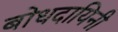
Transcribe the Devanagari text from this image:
बोधदायिनी